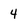
Character: 4